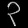
Digit: ၃